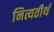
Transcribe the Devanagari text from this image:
नित्यतीर्थ